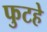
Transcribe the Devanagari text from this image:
फुटहे